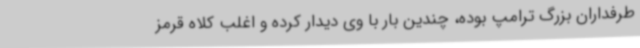
طرفداران بزرگ ترامپ بوده، چندین بار با وی دیدار کرده و اغلب کلاه قرمز